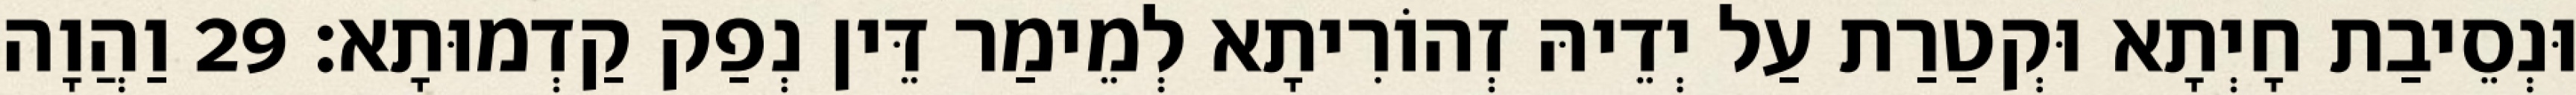
וּנְסֵיבַת חָיְתָא וּקְטַרַת עַל יְדֵיהּ זְהוֹרִיתָא לְמֵימַר דֵּין נְפַק קַדְמוּתָא׃ 29 וַהֲוָה